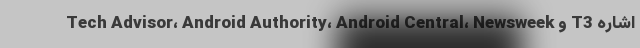
Tech Advisor، Android Authority، Android Central، Newsweek و T3 اشاره